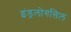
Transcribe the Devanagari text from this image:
इंड्रलोगत्तिल